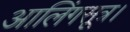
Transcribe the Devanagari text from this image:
आलिंगसूत्र।